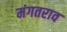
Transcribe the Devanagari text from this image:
मंगतराव